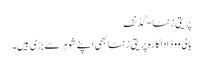
پریتی زنٹا -گڈنف
بالی ووڈ اداکارہ پریتی زنٹا بھی اپنے شوہرسے بڑی ہیں۔